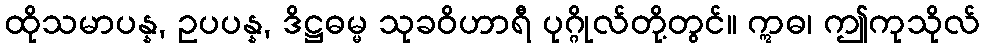
ထိုသမာပန္န, ဥပပန္န, ဒိဋ္ဌဓမ္မ သုခဝိဟာရီ ပုဂ္ဂိုလ်တို့တွင်။ ဣဓ၊ ဤကုသိုလ်